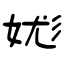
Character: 娏